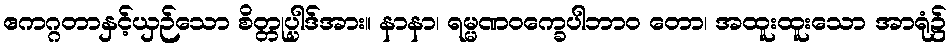
ဧကဂ္ဂတာနှင့်ယှဉ်သော စိတ္တုပ္ပါဒ်အား။ နာနာ၊ ရမ္မဏဝက္ခေပါဘာဝ တော၊ အထူးထူးသော အာရုံ၌